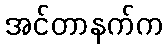
အင်တာနက်က